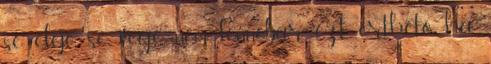
se eleje se vege nem lenne,bar ezt ertheto ha